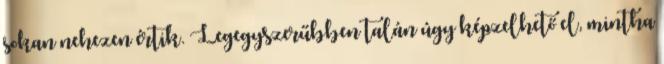
sokan nehezen értik. Legegyszerűbben talán úgy képzelhető el, mintha